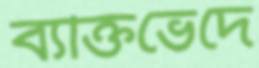
ব্যক্তিভেদে